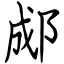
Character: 郕